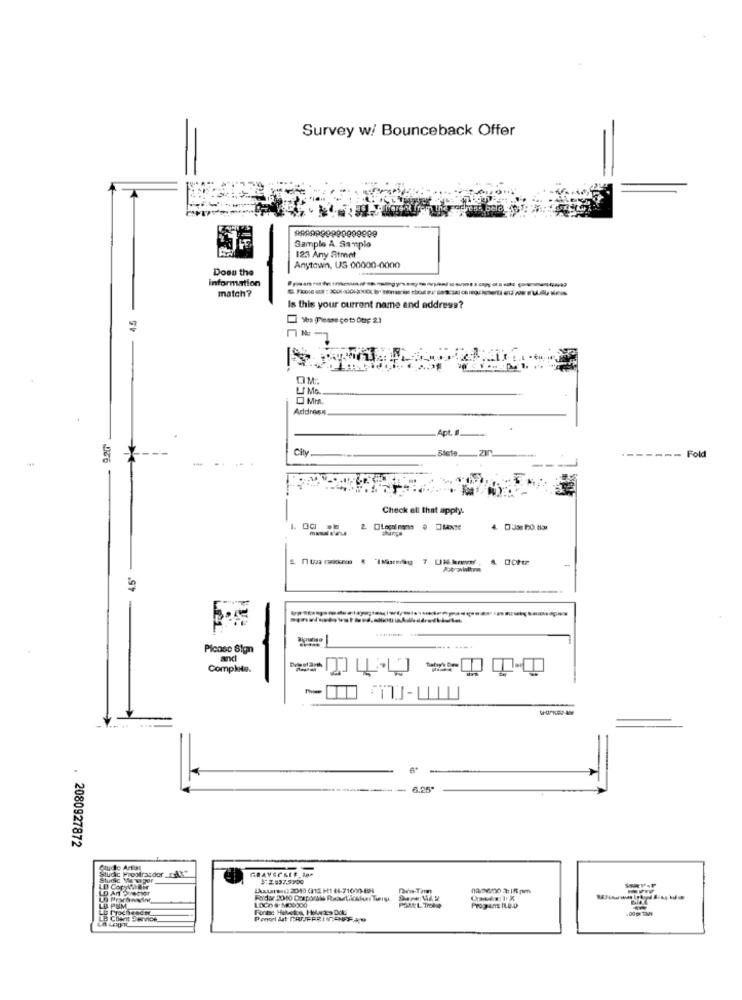
Survey w/ Bounceback Offer
Sample A. Sample
123 Any Stmet
Does the
Anytown, US 00000-0000
Information
match?
Is this your current name and address?
45
%s (Please go to Our 2)
OM:
LI Mo.
Address
Apt. #
City
------- Fold
Check all that apply.
4.5"
-
Bipueso
Picosc Sign
-... ....
Complete.
....
-
6.25
2080927872
Stuckc Prootrasder Ax"
GRAYSCALE 10*
Studic Wwpor
#24375100
LD An vecer
LOCO 8 MO0300
LE POM
Progrant IL.O.O
Ponot At FRIJFFRINGENFFAR